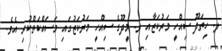
ލ. ހިތަދޫ ސިއްހީ މަރުކަޒާއި ރ. މީދޫގެ ސިއްހީ މަރުކަޒުގައި މަސައްކަތްކުރި އެވެ.